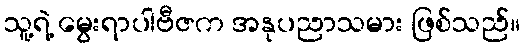
သူ့ရဲ့ မွေးရာပါဗီဇက အနုပညာသမား ဖြစ်သည်။